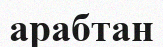
арабтан